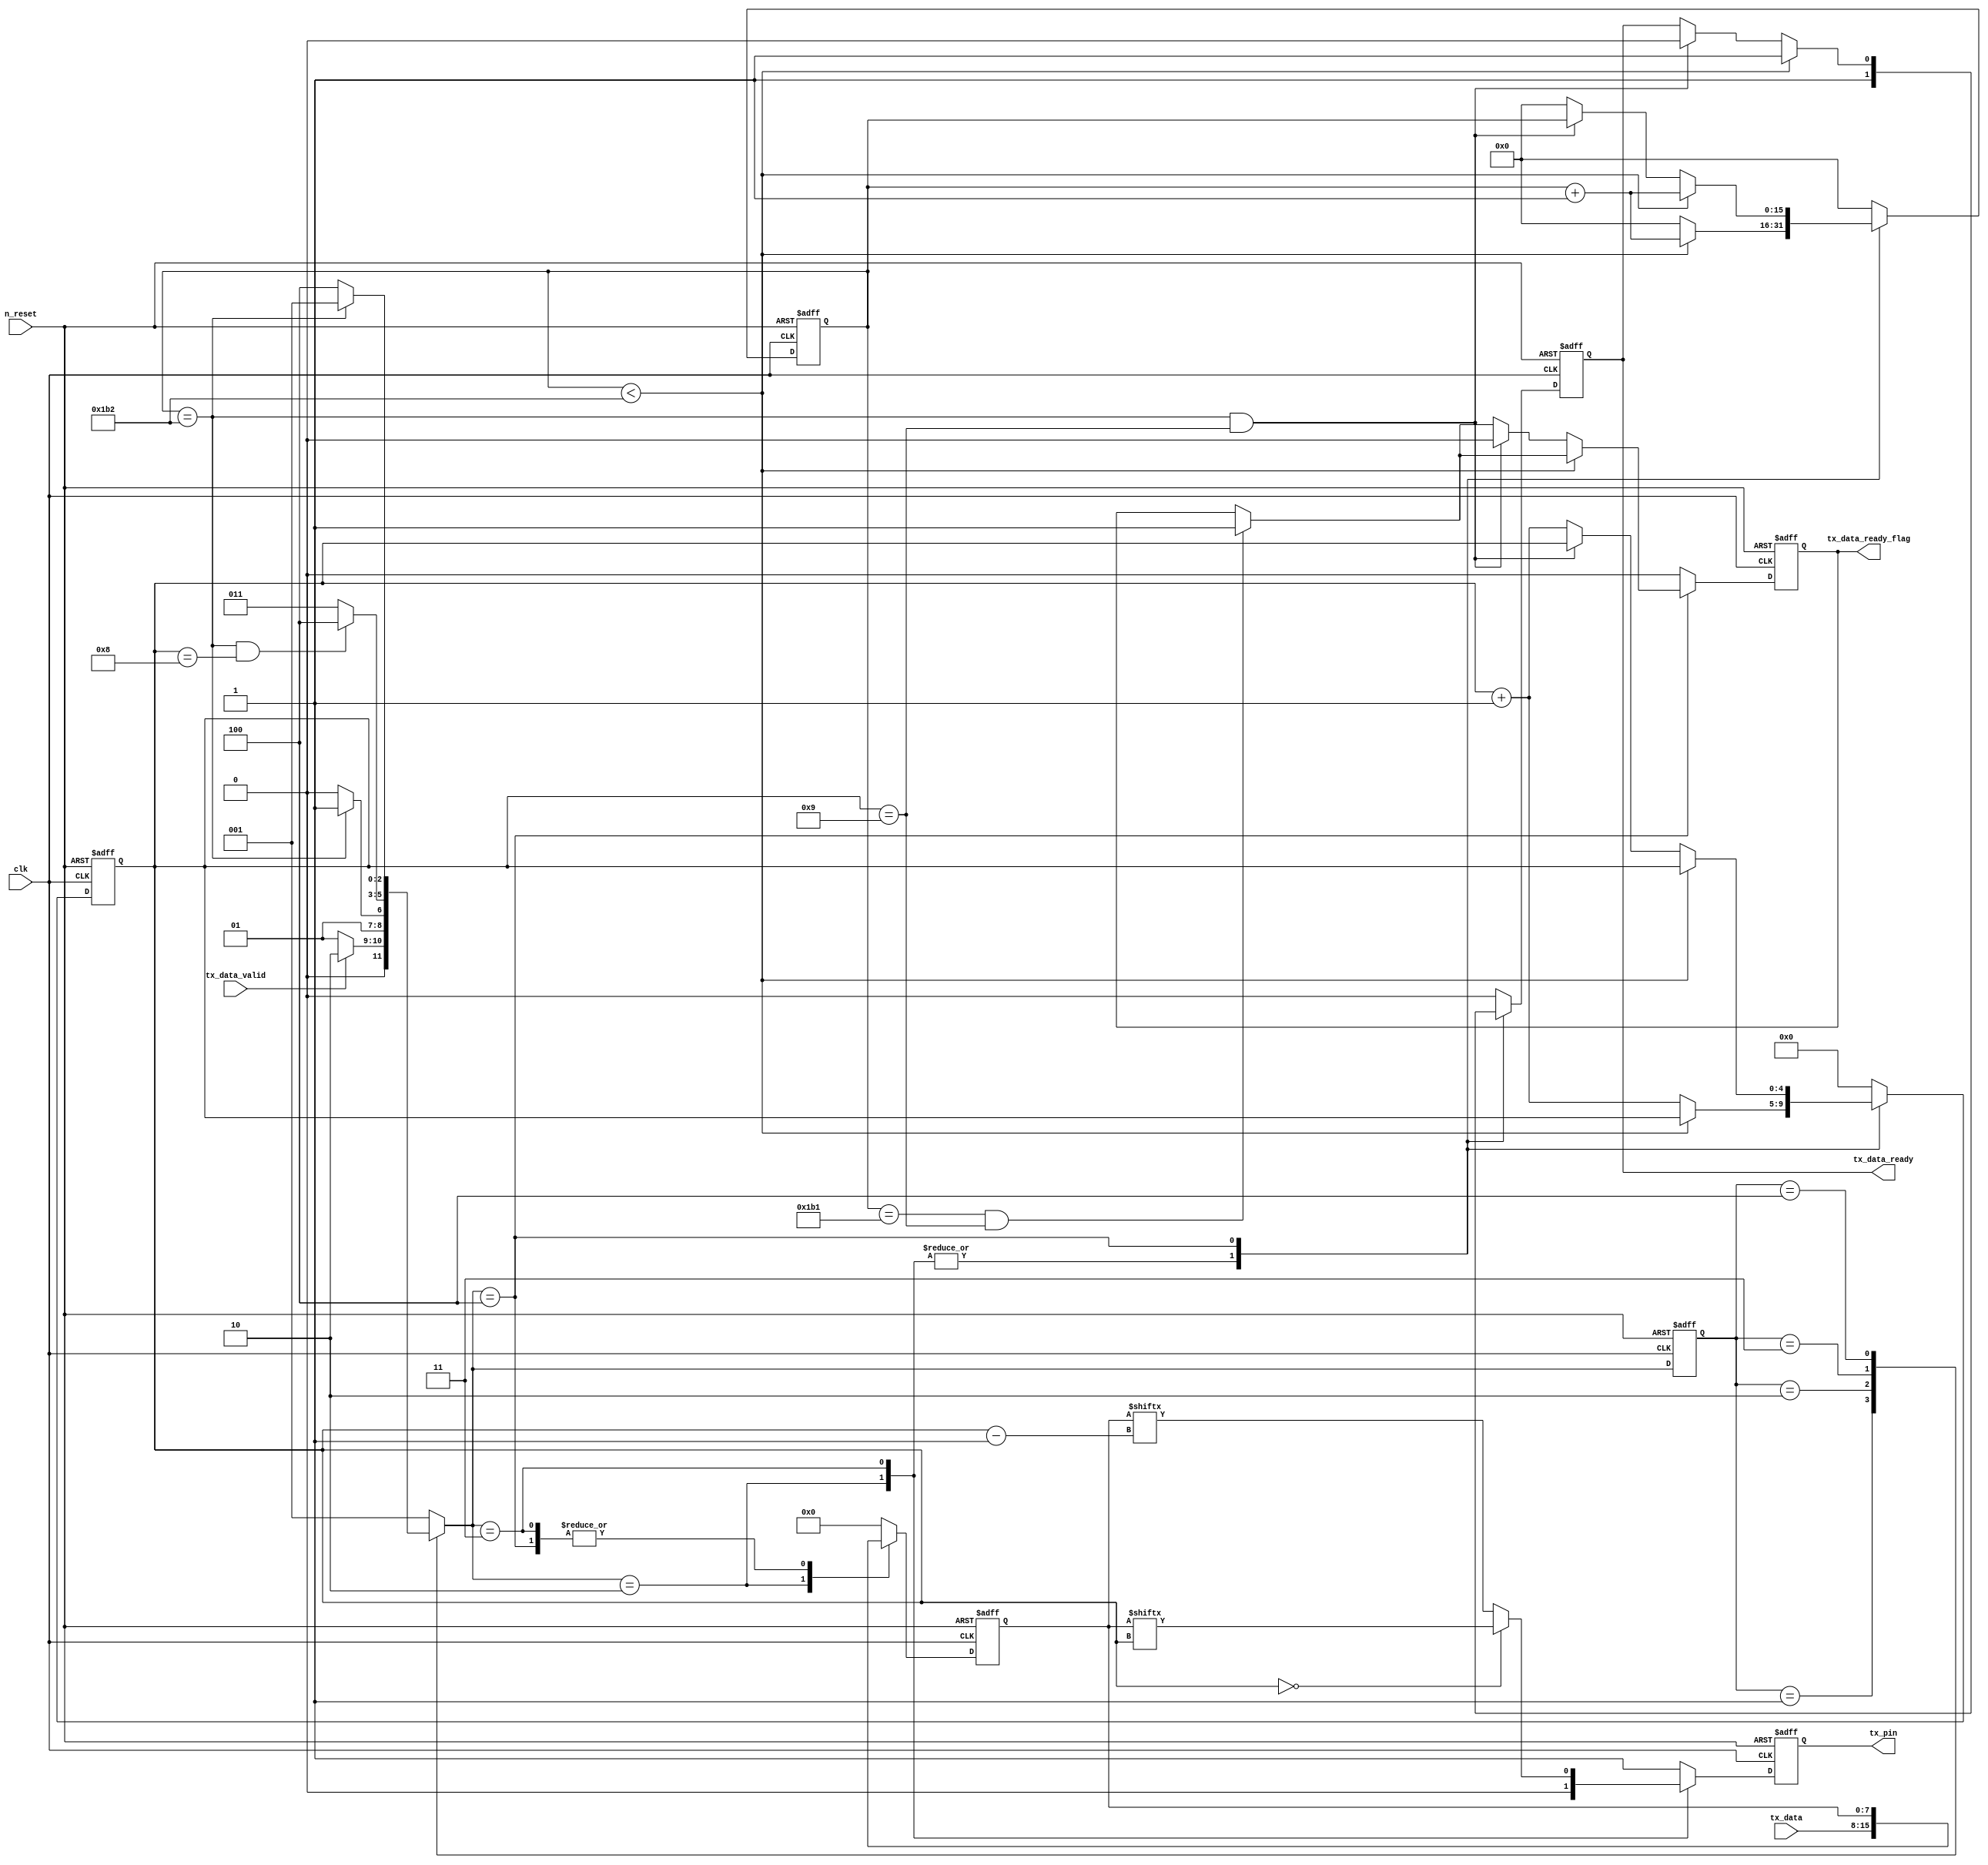
`timescale 1ns / 1ps
//////////////////////////////////////////////////////////////////////////////////
// Company: 
// Engineer: 
// 
// Design Name: 
// Module Name: UART_TX
// Project Name: 
// Target Devices: 
// Tool Versions: 
// Description: 
// 
// Dependencies: 
// 
// Revision:
// Revision 0.01 - File Created
// Additional Comments:
// 
//////////////////////////////////////////////////////////////////////////////////


module modify_Uart_tx #
(
	parameter Challenge_Bit = 8,
	parameter frequency_clk_ref = 50,      //clock frequency(Mhz)
	parameter BAUD_RATE = 115200 //serial baud rate
)
(
	input                                  clk,              //clock input
	input                                  n_reset,          //asynchronous reset input, low active 
	input      [Challenge_Bit - 1:0]       tx_data,          //data to send                                   //tx_data
	input                                  tx_data_valid,    //data to be sent is valid                       //tx_data_validtx_data_ready
	output     reg                         tx_data_ready,    //send ready
	output                                 tx_pin,           //serial data output                             //tx_pin
	output	   reg						   tx_data_ready_flag
);

//calculates the clock cycle for baud rate 
localparam                                 CYCLE = frequency_clk_ref * 1000000 / BAUD_RATE;
//state machine code
localparam                                 STATE        = 2;
localparam                                 S_IDLE       = 1;
localparam                                 S_START      = 2;//start bit
localparam                                 S_SEND_BYTE  = 3;//data bits
localparam                                 S_STOP       = 4;//stop bit

reg             [            STATE:0]       state;
reg             [            STATE:0]       next_state;
reg             [               15:0]       cycle_cnt; //baud counter
reg             [                4:0]       bit_cnt;//bit counter
reg             [Challenge_Bit - 1:0]       tx_data_latch; //latch data to send
reg                                         tx_reg; //serial data output

assign tx_pin = tx_reg;

always @ (posedge clk or negedge n_reset)
begin
	if(n_reset == 1'b0)
		state <= S_IDLE;
	else
		state <= next_state;
end

always @ (*)
begin
	case(state)
		S_IDLE:
			if(tx_data_valid == 1'b1)
				next_state = S_START;
			else
				next_state = S_IDLE;
		S_START:
			if(cycle_cnt == CYCLE)
				next_state = S_SEND_BYTE;
			else
				next_state = S_START;
		S_SEND_BYTE:
			if(cycle_cnt == CYCLE  && bit_cnt == 5'd8)
				next_state = S_STOP;
			else
				next_state = S_SEND_BYTE;
		S_STOP:
			if(cycle_cnt == CYCLE)
				next_state = S_IDLE;
			else
				next_state = S_STOP;
		default:
			next_state = S_IDLE;
	endcase
end

always @ (posedge clk or negedge n_reset) begin
	if (!n_reset) begin
		tx_data_ready <= 1'b0;
		tx_data_ready_flag <= 1'b0;
		tx_data_latch <= #Challenge_Bit'b0;
		bit_cnt <= 5'b0;
		cycle_cnt <= 16'b0;
		tx_reg <= 1'b1;
	end
	else begin
		case(next_state)
		S_IDLE:	begin
			bit_cnt <= 5'b0;
			cycle_cnt <= 16'b0;
			tx_reg <= 1'b1;
			tx_data_ready <= 1'b0;
			tx_data_ready_flag <= 1'b0;
			tx_data_latch <= #Challenge_Bit'b0;
		end
		S_START:	begin
			tx_reg <= 1'b0;
			tx_data_ready <= 1'b1;
			tx_data_ready_flag <= 1'b0;
			tx_data_latch <= tx_data;
			if (cycle_cnt < CYCLE) begin
				cycle_cnt <= cycle_cnt + 1'b1;
				bit_cnt <= bit_cnt;
			end
			else begin
				cycle_cnt <= 16'b0;
				bit_cnt <= bit_cnt + 1'b1;
			end
		end	
		S_SEND_BYTE:	begin
			begin
				if (bit_cnt == 5'd0) begin
					tx_reg <= tx_data_latch[bit_cnt];
				end
				else begin
					tx_reg <= tx_data_latch[bit_cnt -1];
				end
			end
			tx_data_ready <= 1'b1;
			tx_data_ready_flag <= 1'b0;
			if (cycle_cnt < CYCLE) begin
				cycle_cnt <= cycle_cnt + 1'b1;
				bit_cnt <= bit_cnt;
			end
			else begin
				cycle_cnt <= 16'b0;
				bit_cnt <= bit_cnt + 1'b1;
			end
		end
		S_STOP:	begin
			begin
				if (cycle_cnt == CYCLE -1 && bit_cnt == 5'd9) begin
					tx_data_ready_flag <= 1'b1;
				end
			end
			tx_reg <= 1'b1;
			if (cycle_cnt < CYCLE) begin
				cycle_cnt <= cycle_cnt + 1'b1;
				bit_cnt <= bit_cnt;
				tx_data_ready <= 1'b1;
			end
			else if (cycle_cnt == CYCLE && bit_cnt == 5'd9) begin
				tx_data_ready <= 1'b0;
				tx_data_ready_flag <= 1'b0;
			end
			else begin
				cycle_cnt <= 16'b0;
				bit_cnt <= bit_cnt + 1'b1;
			end
		end
		default:	begin
			tx_data_ready <= 1'b0;
			tx_data_ready_flag <= 1'b0;
			tx_data_latch <= #Challenge_Bit'b0;
			bit_cnt <= 5'b0;
			cycle_cnt <= 16'b0;
			tx_reg <= 1'b1;
		end
		endcase
	end
end

endmodule